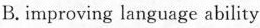
B. improving language ability